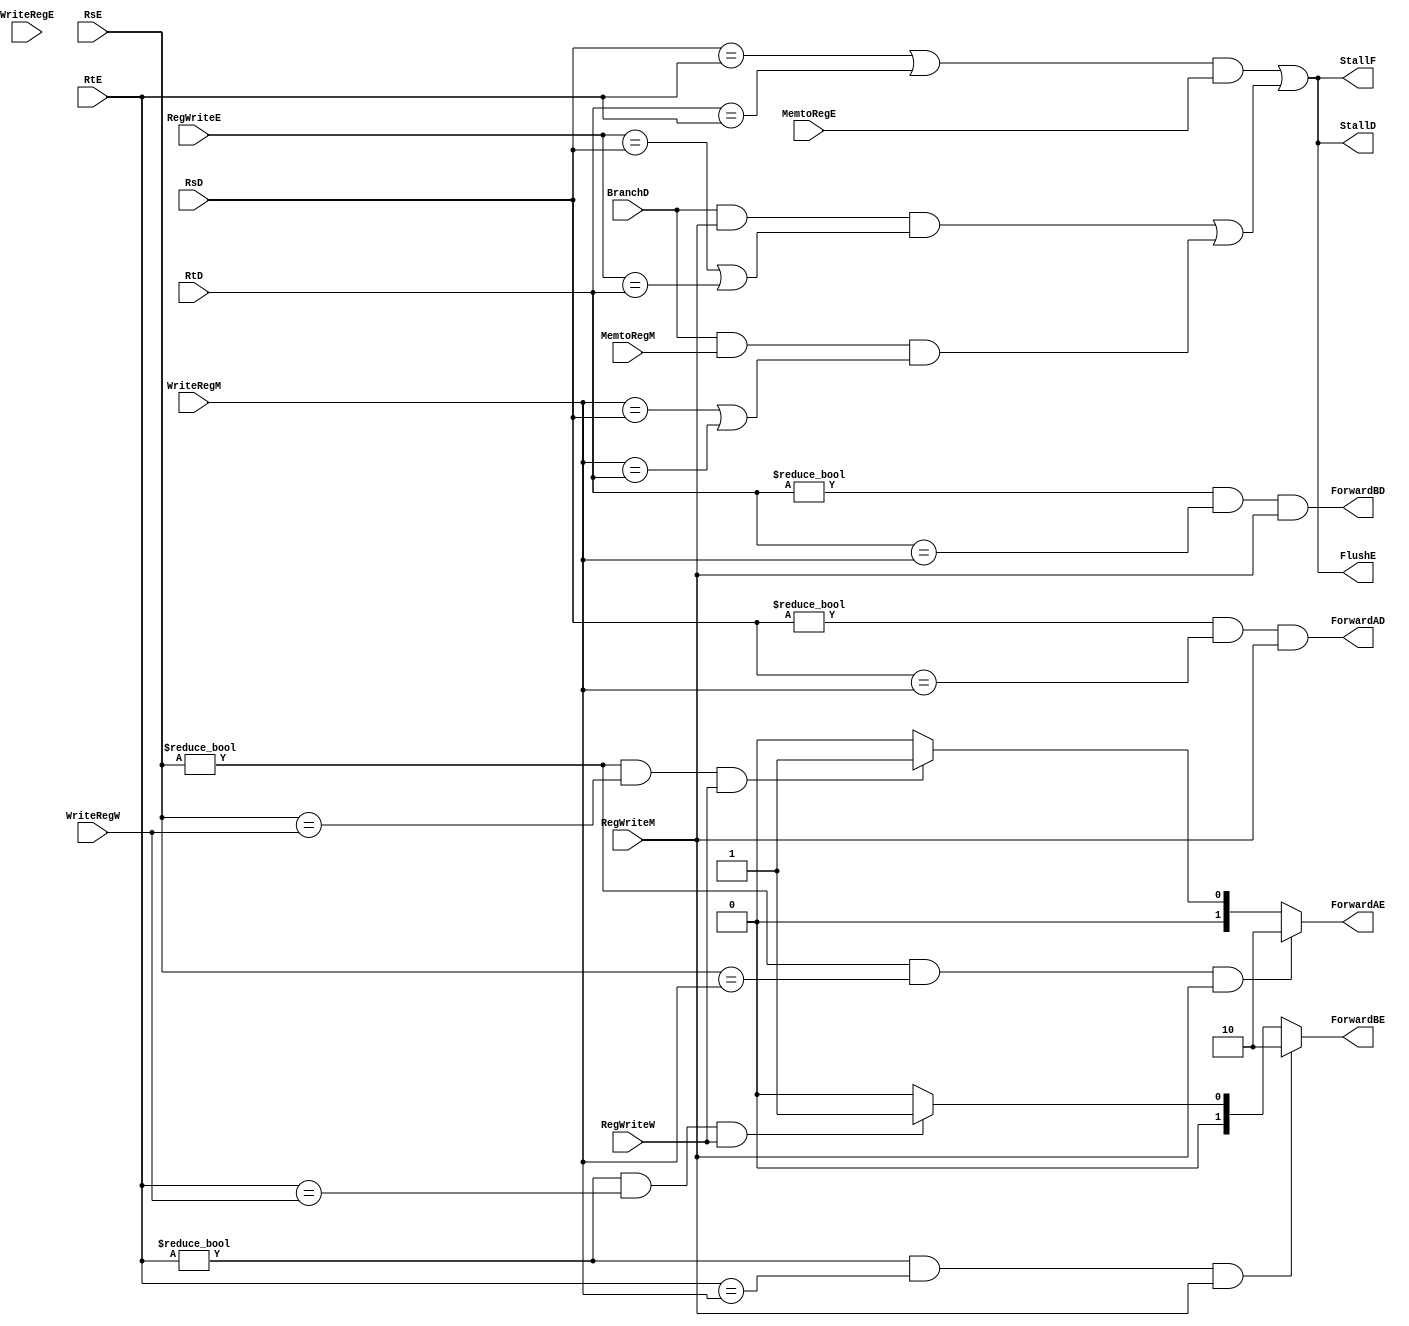
`ifndef _hazard_unit
`define _hazard_unit

//
//,
//
//F:
//D:
//E:
//M:
//W:

module harzard_unit(
    input      [4:0] WriteRegE,     //E
    input      [4:0] WriteRegW,     //W
    input      [4:0] WriteRegM,     //M
    input      RegWriteE,           //E
    input      RegWriteW,           //W
    input      RegWriteM,           //M
    input      [4:0] RsE,           //ERs
    input      [4:0] RtE,           //ERt
    output reg [1:0] ForwardAE,     //EA(Rs)
    output reg [1:0] ForwardBE,     //EB(Rt)
    input      [4:0] RsD,           //DRs
    input      [4:0] RtD,           //DRt
    input      MemtoRegE,           //E
    input      MemtoRegM,           //M
    output     StallF,              //F
    output     StallD,              //D
    output     FlushE,              //E()
    output     ForwardAD,           //DA(Rs)
    output     ForwardBD,           //DB(Rt)
    input      BranchD              //DBEQ
);
    //RAW
    always @(*) begin
        //M,
        //
        //A
        if((RsE!=5'h0)&&(RsE==WriteRegM)&&(RegWriteM==1'b1))
            ForwardAE=2'b10;
        else if((RsE!=5'h0)&&(RsE==WriteRegW)&&(RegWriteW==1'b1))
            ForwardAE=2'b01;
        else
            ForwardAE=2'b00;
        //B
        if((RtE!=5'h0)&&(RtE==WriteRegM)&&(RegWriteM==1'b1))
            ForwardBE=2'b10;
        else if((RtE!=5'h0)&&(RtE==WriteRegW)&&(RegWriteW==1'b1))
            ForwardBE=2'b01;
        else
            ForwardBE=2'b00;
    end

    //RAW
    wire LWStall;
    assign LWStall = (((RsD==RtE)||(RtD==RtE))&&MemtoRegE);


    //BEQD(E),
    //
    assign ForwardAD = ((RsD!=5'b0)&&(RsD==WriteRegM)&&(RegWriteM==1'b1));
    assign ForwardBD = ((RtD!=5'b0)&&(RtD==WriteRegM)&&(RegWriteM==1'b1));
    //
    wire BranchStall;
    assign BranchStall = (BranchD && RegWriteM && ((RegWriteE == RsD) || (RegWriteE == RtD)))
                       ||(BranchD && MemtoRegM && ((WriteRegM == RsD) || (WriteRegM == RtD)));

    //
    assign StallD = LWStall||BranchStall;
    assign StallF = LWStall||BranchStall;
    assign FlushE = LWStall||BranchStall;
    
endmodule
`endif